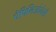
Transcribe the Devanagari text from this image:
पैपिलिओनेसी